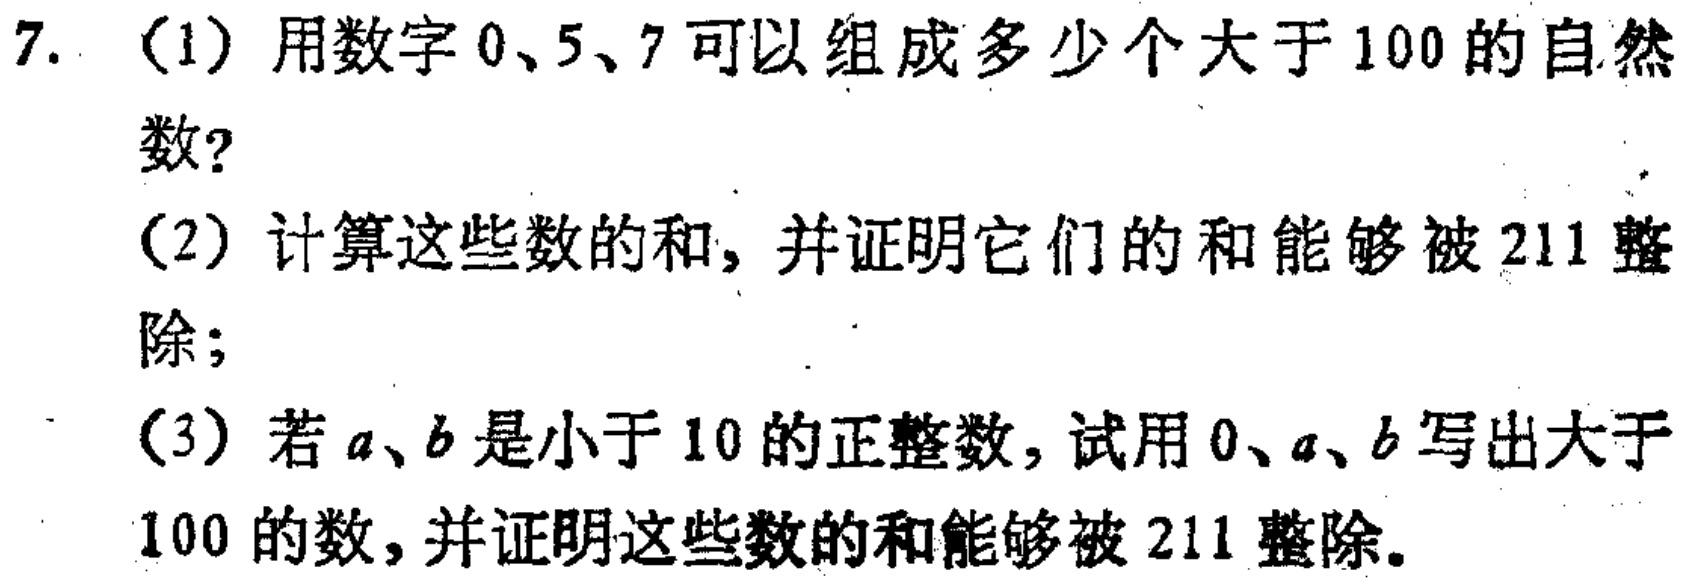
7. (1) 用数字 \(0\)、\(5\)、\(7\) 可以组成多少个大于 \(100\) 的自然数？

(2) 计算这些数的和，并证明它们的和能够被 \(211\) 整除；

(3) 若 \(a\)、\(b\) 是小于 \(10\) 的正整数，试用 \(0\)、\(a\)、\(b\) 写出大于 \(100\) 的数，并证明这些数的和能够被 \(211\) 整除。